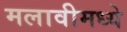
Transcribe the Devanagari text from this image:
मलावीमध्ये